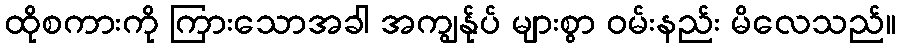
ထိုစကားကို ကြားသောအခါ အကျွန်ုပ် များစွာ ဝမ်းနည်း မိလေသည်။